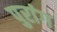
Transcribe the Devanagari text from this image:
पुरांग